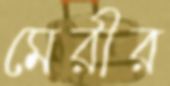
মেরীর